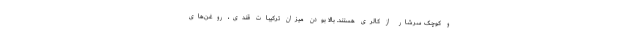
و کوچک سرشار از کالری هستند. بالا بودن میزان ترکیبات قندی، روغن‌های